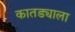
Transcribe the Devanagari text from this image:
कातड्याला